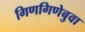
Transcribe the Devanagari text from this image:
गिणगिणेबुवा